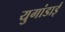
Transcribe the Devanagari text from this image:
युगांडाई